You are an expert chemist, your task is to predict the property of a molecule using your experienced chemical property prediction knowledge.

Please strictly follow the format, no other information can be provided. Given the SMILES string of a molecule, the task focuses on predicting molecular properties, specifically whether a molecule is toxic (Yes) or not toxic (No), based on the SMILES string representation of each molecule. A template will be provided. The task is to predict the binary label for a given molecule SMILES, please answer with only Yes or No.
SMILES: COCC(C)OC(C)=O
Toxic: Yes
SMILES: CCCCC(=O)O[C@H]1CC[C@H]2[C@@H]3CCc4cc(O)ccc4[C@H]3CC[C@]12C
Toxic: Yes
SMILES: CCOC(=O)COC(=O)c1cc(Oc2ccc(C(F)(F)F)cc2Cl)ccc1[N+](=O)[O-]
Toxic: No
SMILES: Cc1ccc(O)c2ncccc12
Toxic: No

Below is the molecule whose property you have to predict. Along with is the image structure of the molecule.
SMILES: CCc1nccnc1CC
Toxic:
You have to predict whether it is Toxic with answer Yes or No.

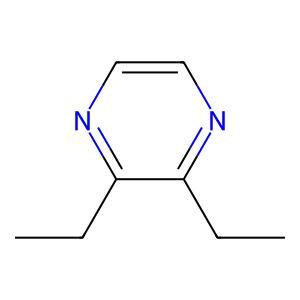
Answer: No